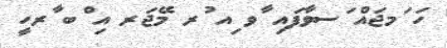
ހަ ަމޖައް ަސވާފައި ާވ ިއ ުރ މޭޖަރ އި ްބ ާރހީ